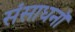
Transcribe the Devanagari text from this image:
संसाधनॉ